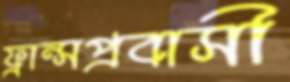
ফ্রান্সপ্রবাসী